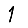
Digit: 1